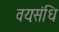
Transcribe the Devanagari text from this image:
वयःसंधि